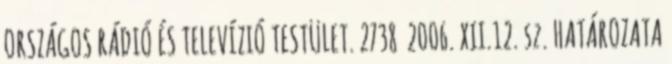
ORSZÁGOS RÁDIÓ ÉS TELEVÍZIÓ TESTÜLET. 2738 2006. XII.12. sz. HATÁROZATA